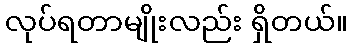
လုပ်ရတာမျိုးလည်း ရှိတယ်။